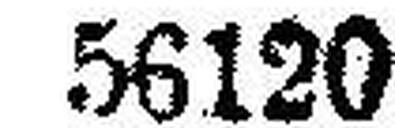
56120